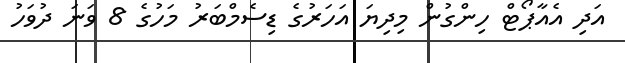
އަދި އެއާޕޯޓް ހިންގުން މިދިޔަ އަހަރުގެ ޑިސެމްބަރު މަހުގެ 8 ވަނަ ދުވަހު